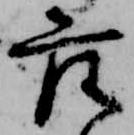
座